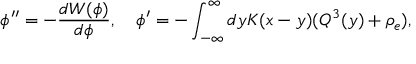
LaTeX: \phi ^ { \prime \prime } = - { \frac { d W ( \phi ) } { d \phi } } , \quad \phi ^ { \prime } = - \int _ { - \infty } ^ { \infty } d y K ( x - y ) ( Q ^ { 3 } ( y ) + \rho _ { e } ) ,